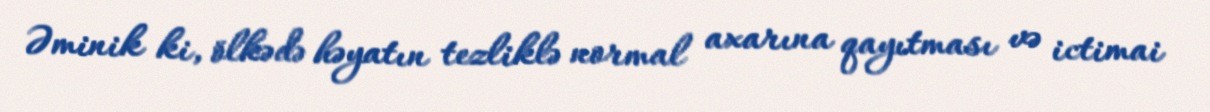
Əminik ki, ölkədə həyatın tezliklə normal axarına qayıtması və ictimai